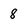
Character: 8